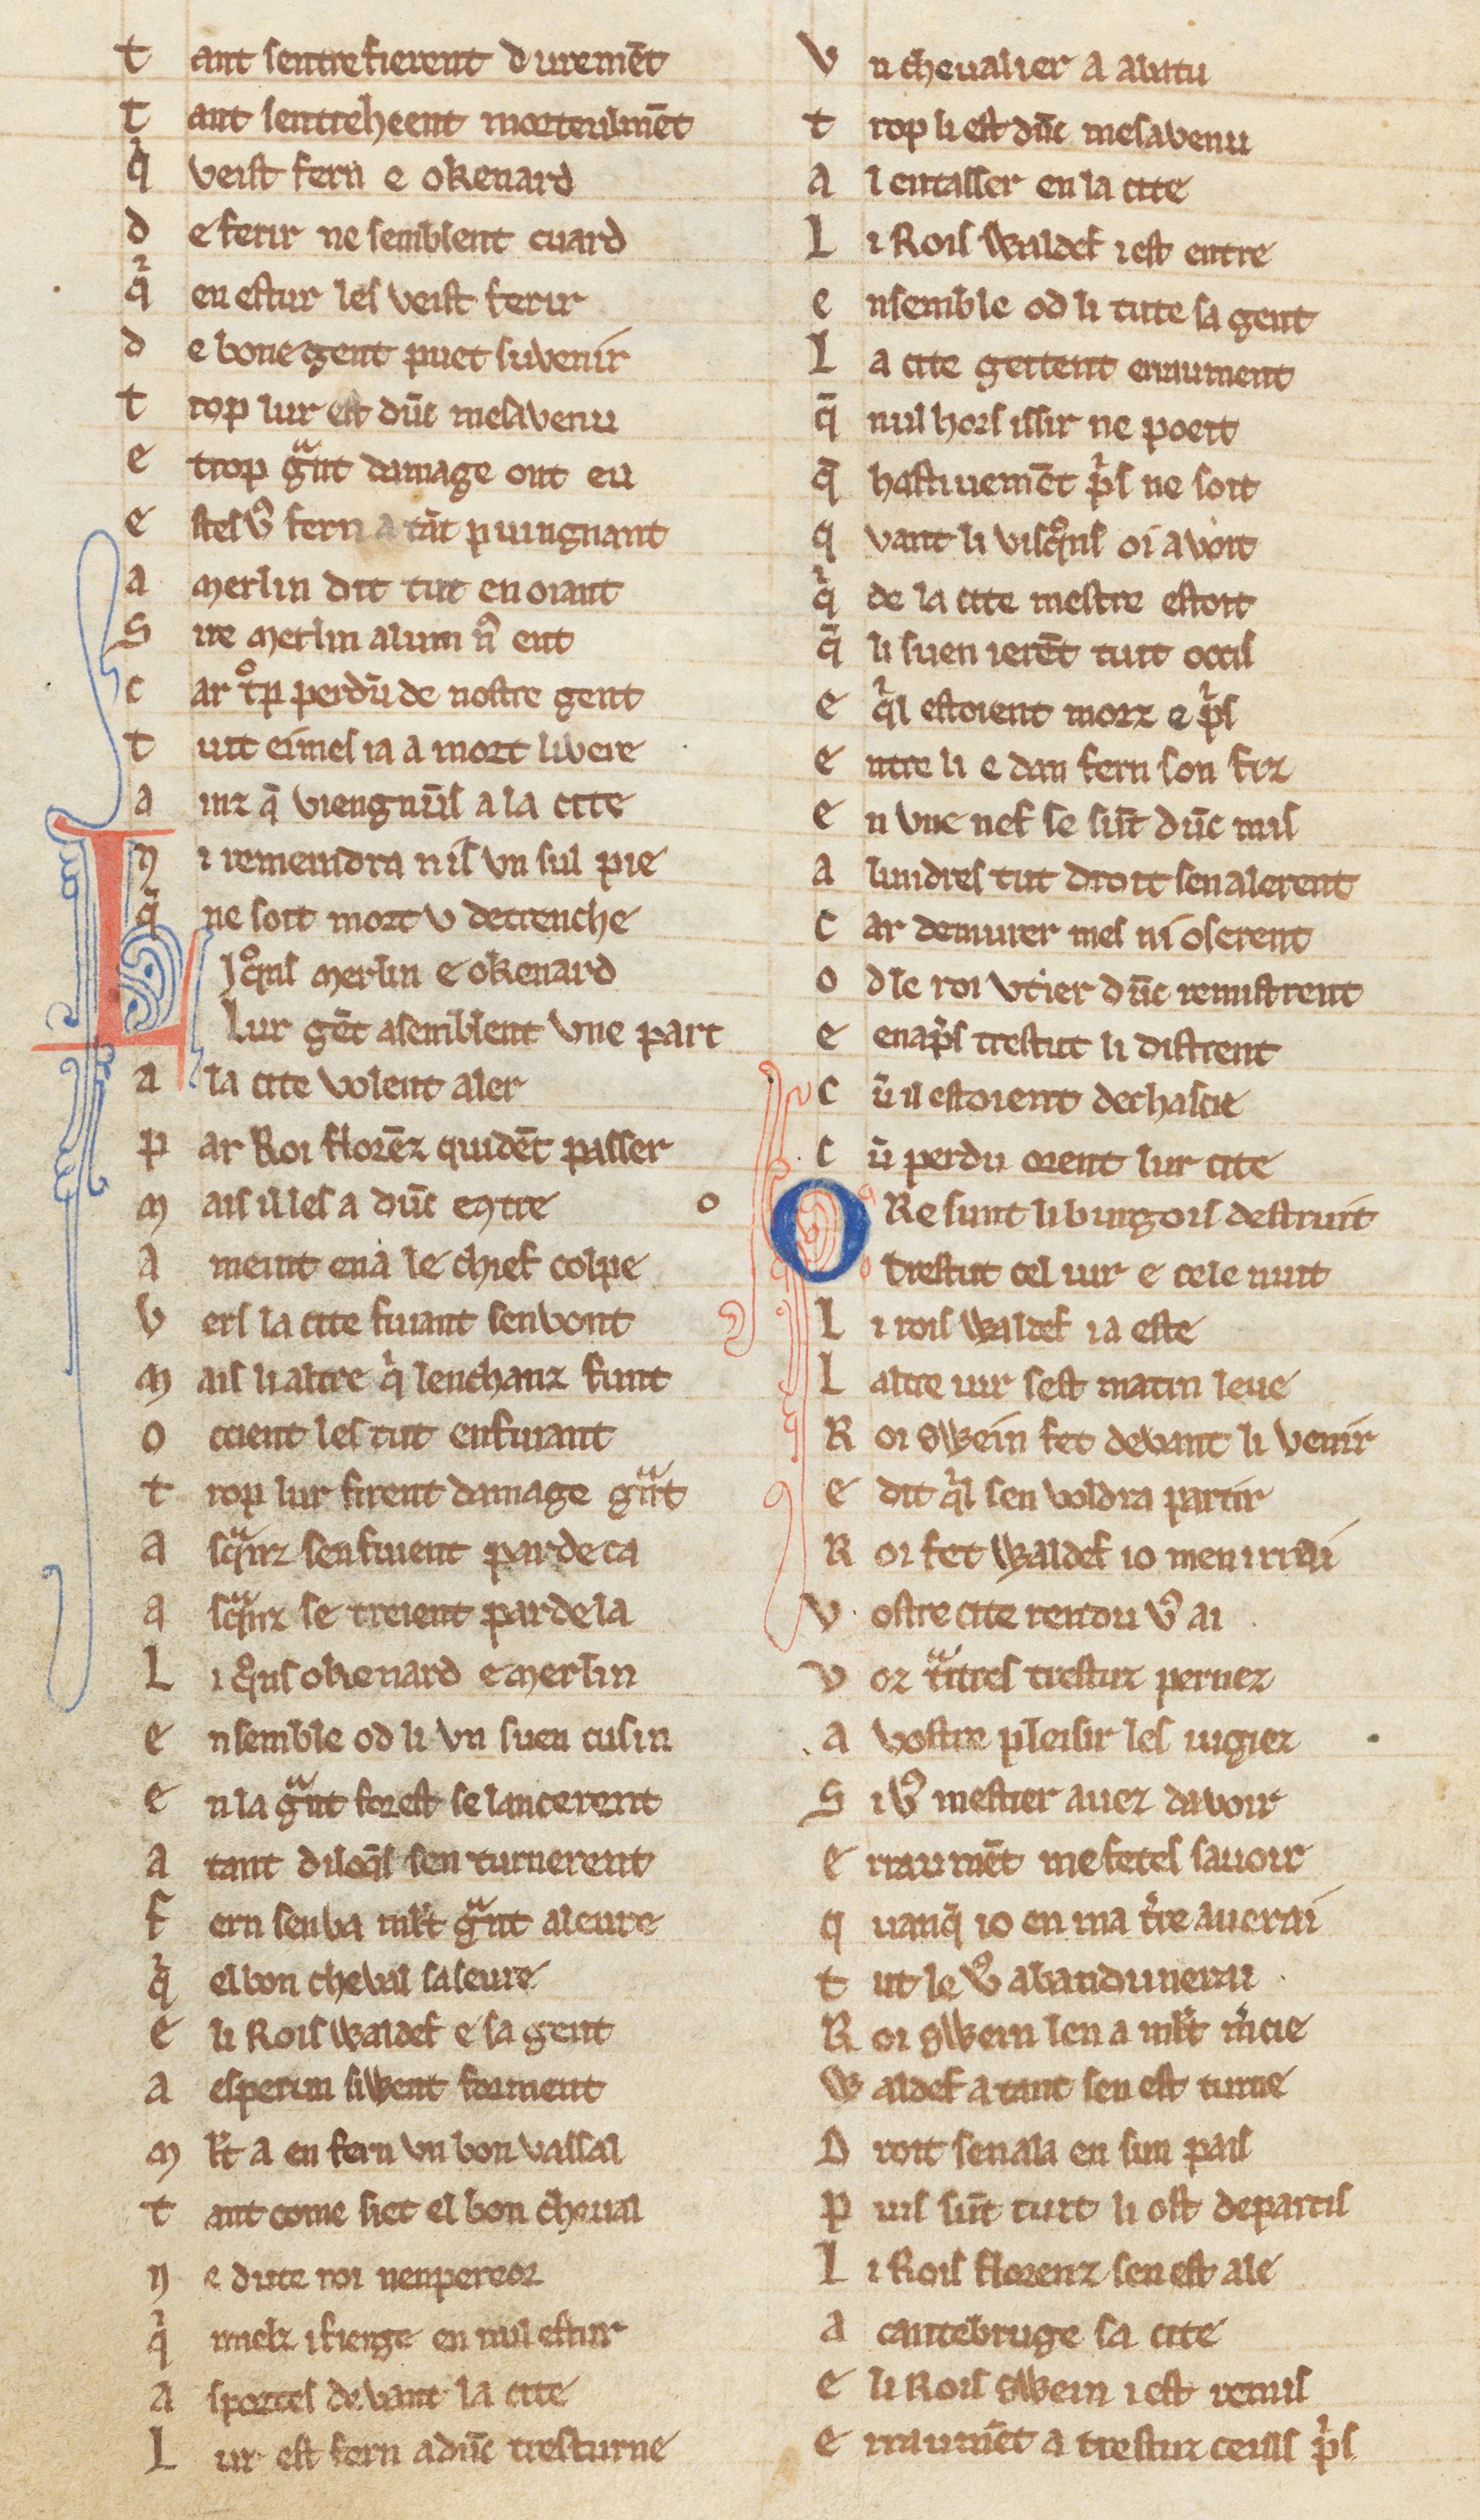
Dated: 1270–1330